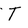
Character: T